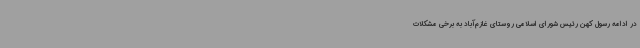
در ادامه رسول کهن رئیس شورای اسلامی روستای غازم‌آباد به برخی مشکلات